Vabadussoja_Ajaloo_Komitee, lk 96
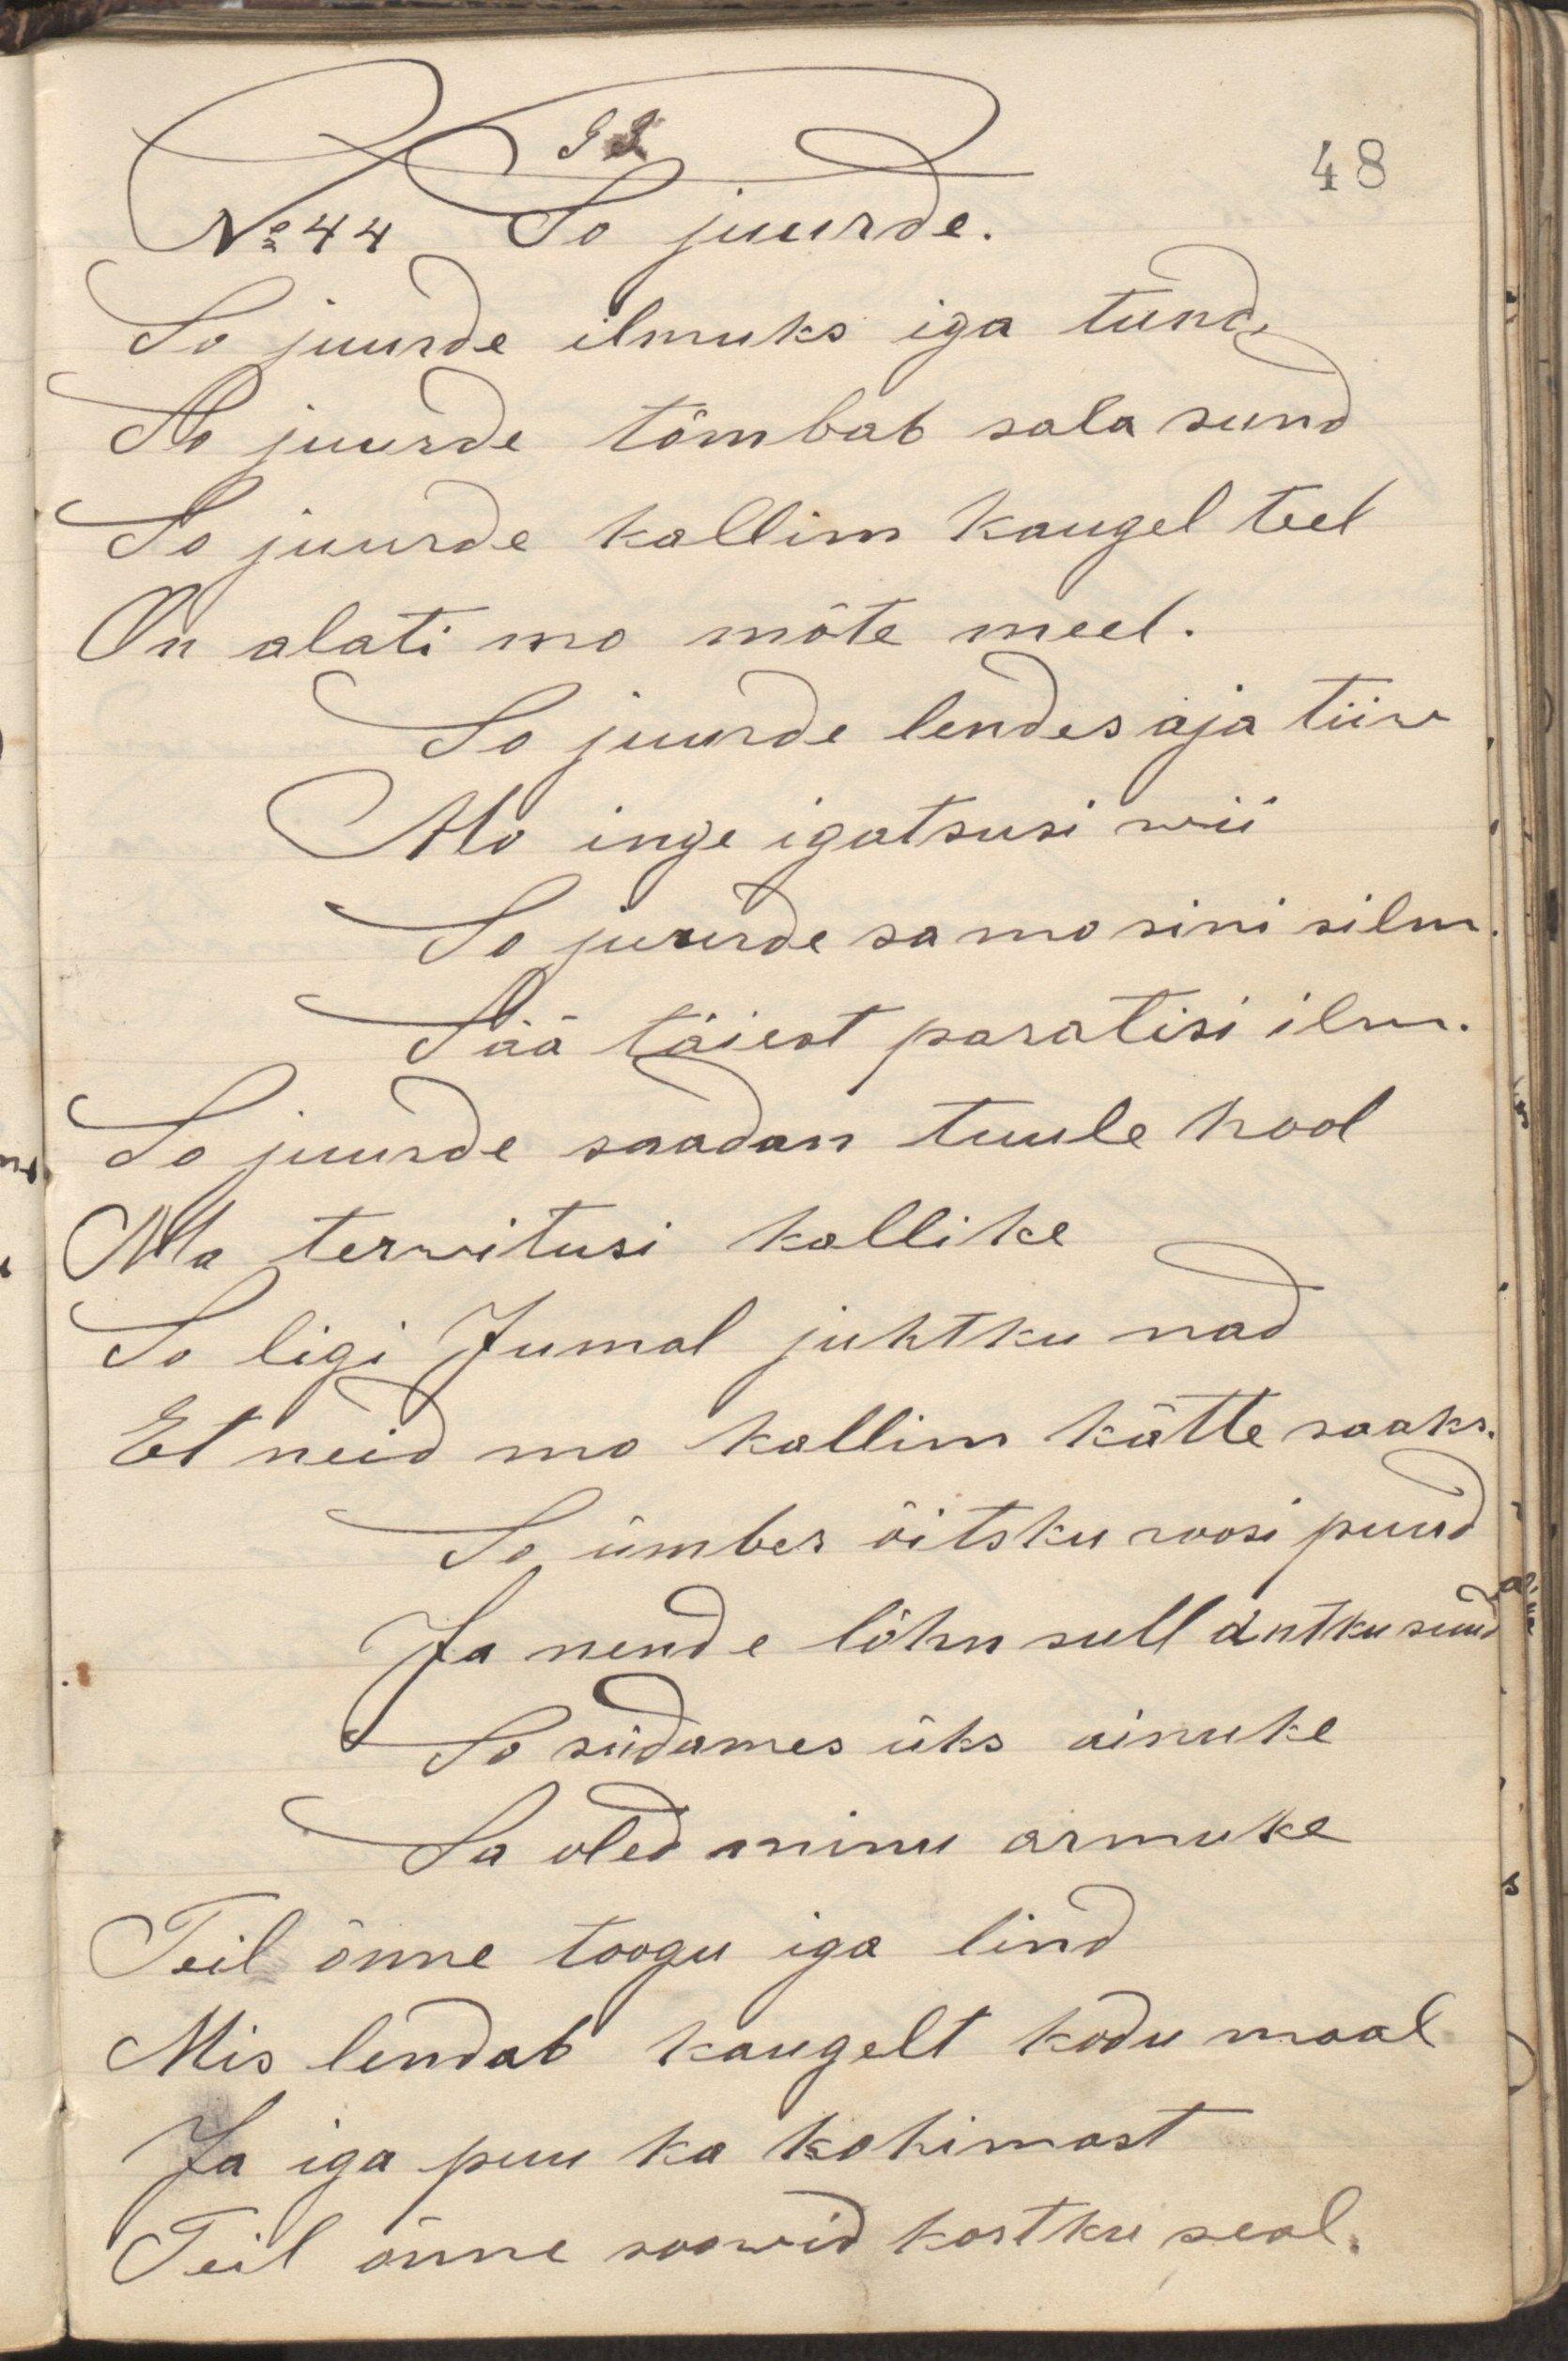
N:44 So juurde.
So juurde ilmuks iga tund,
So juurde tõmbab sala sund
So juurde kallim kaugel teel
On alati mo mõte meel.
So juurde lendas aja tiiw
Mo inge igatsusi wii
So juurde sa mo sini silm
Sää täiest paratisi ilm.
So juurde saadan tuule hool
Ma terwitusi kallike
So ligi Jumal juhtku nad
Et neid mo kallim kätte saaks
So ümber õitsku roosi puud
Ja nende lõhn sull antku suud
So südames üks ainuke
Sa oled minu armuke
Teil õnne toogu iga lind
Mis lendab kaugelt kodu maalt
Ja iga puu ka kohinast
Teil õnne soowid kostku seal.